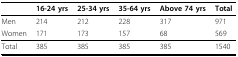
|  | 16-24 yrs | 25-34 yrs | 35-64 yrs | Above 74 yrs | Total |
 | --- | --- | --- | --- | --- | --- |
 | Men | 214 | 212 | 228 | 317 | 971 |
 | Women | 171 | 173 | 157 | 68 | 569 |
 | Total | 385 | 385 | 385 | 385 | 1540 |